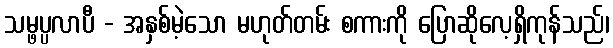
သမ္ဖပ္ပလာပီ - အနှစ်မဲ့သော မဟုတ်တမ်း စကားကို ပြောဆိုလေ့ရှိကုန်သည်၊